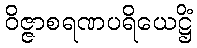
ဝိဇ္ဇာစရဏပရိယေဋ္ဌိံ